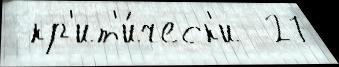
 кр'ит'и́ческ'и  27